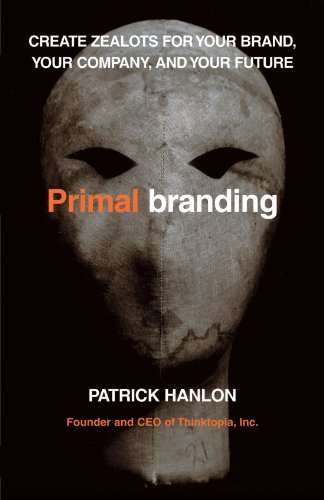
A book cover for Primalbranding: Create Zealots for Your Brand, Your Company, and Your Future; Patrick Hanlon; Business & Money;